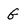
Character: G